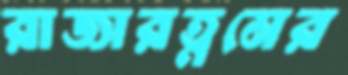
রাজারত্নমের